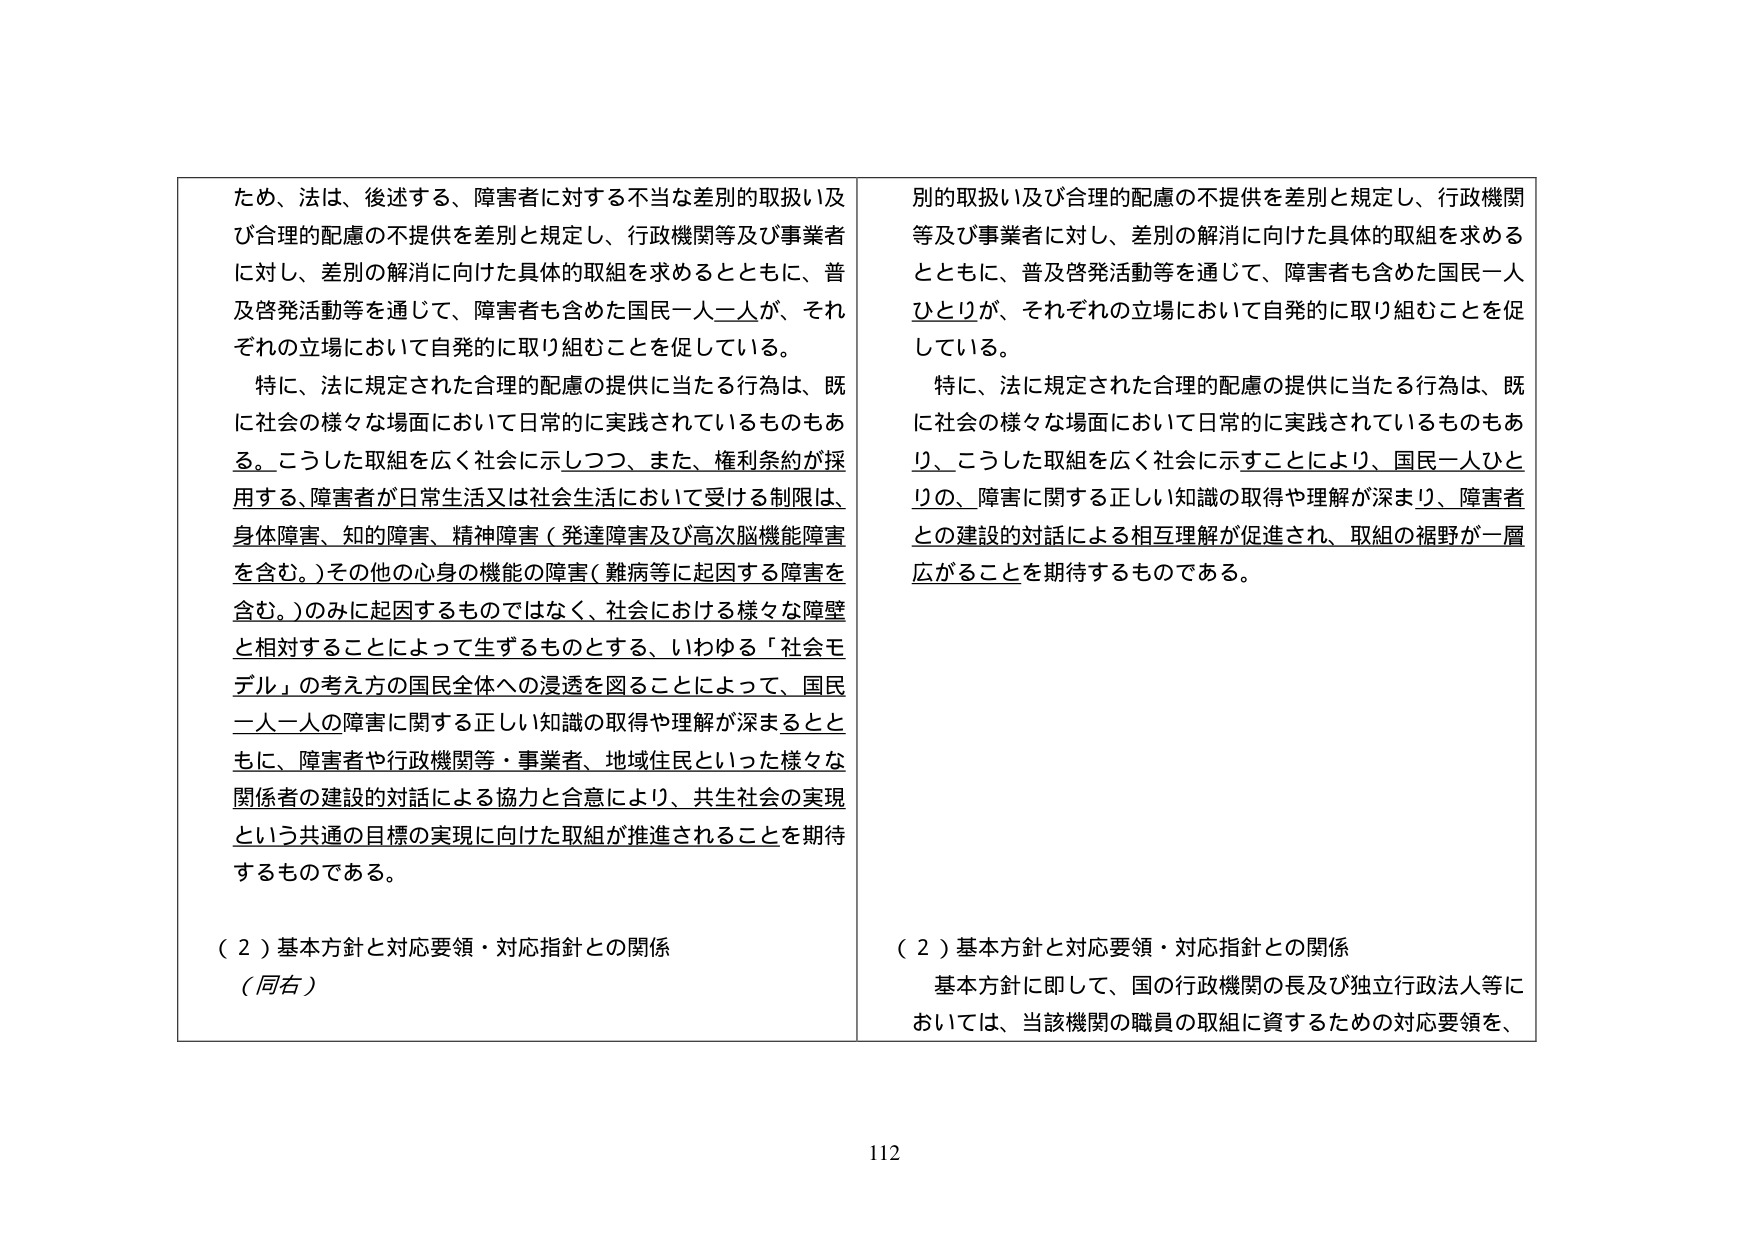
ため、法は、後述する、障害者に対する不当な差別的取扱い及び合理的配慮の不提供を差別と規定し、行政機関等及び事業者に対し、差別の解消に向けた具体的取組を求めるとともに、普及啓発活動等を通じて、障害者も含めた国民一人一人が、それぞれの立場において自発的に取り組むことを促している。

特に、法に規定された合理的配慮の提供に当たる行為は、既に社会の様々な場面において日常的に実践されているものもある。こうした取組を広く社会に示しつつ、また、権利条約が採用する、障害者が日常生活又は社会生活において受ける制限は、身体障害、知的障害、精神障害（発達障害及び高次脳機能障害を含む。）その他の心身の機能の障害（難病等に起因する障害を含む。）のみに起因するものではなく、社会における様々な障壁と相対することによって生ずるものとする、いわゆる「社会モデル」の考え方の国民全体への浸透を図ることによって、国民一人一人の障害に関する正しい知識の取得や理解が深まるとともに、障害者や行政機関等・事業者、地域住民といった様々な関係者の建設的対話による協力と合意により、共生社会の実現という共通の目標の実現に向けた取組が推進されることを期待するものである。

（２）基本方針と対応要領・対応指針との関係
（同右）

別的取扱い及び合理的配慮の不提供を差別と規定し、行政機関等及び事業者に対し、差別の解消に向けた具体的取組を求めるとともに、普及啓発活動等を通じて、障害者も含めた国民一人ひとりが、それぞれの立場において自発的に取り組むことを促している。

特に、法に規定された合理的配慮の提供に当たる行為は、既に社会の様々な場面において日常的に実践されているものもあり、こうした取組を広く社会に示すことにより、国民一人ひとりの、障害に関する正しい知識の取得や理解が深まり、障害者との建設的対話による相互理解が促進され、取組の裾野が一層広がることを期待するものである。

（２）基本方針と対応要領・対応指針との関係
基本方針に即して、国の行政機関の長及び独立行政法人等においては、当該機関の職員の取組に資するための対応要領を、

112